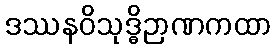
ဒဿနဝိသုဒ္ဓိဉာဏကထာ